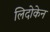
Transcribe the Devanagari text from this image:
लिदोकेन